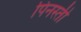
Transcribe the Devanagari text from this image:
पिनस्ती